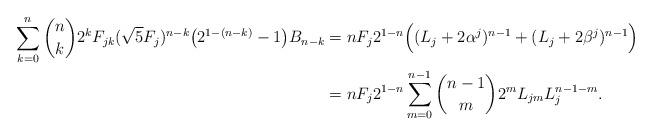
LaTeX: \begin{align*}\sum_{k=0}^{n} {n\choose k} 2^k F_{jk} (\sqrt{5}F_j)^{n-k} \big ( 2^{1-(n-k)} - 1 \big ) B_{n-k} & = n F_j 2^{1-n} \Big ( (L_j + 2\alpha^j)^{n-1} + (L_j + 2\beta^j )^{n-1}\Big ) \\& = n F_j 2^{1-n} \sum_{m=0}^{n-1} {n-1\choose m} 2^m L_{jm} L_j^{n-1-m}.\end{align*}